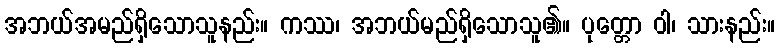
အဘယ်အမည်ရှိသောသူနည်း။ ကဿ၊ အဘယ်မည်ရှိသောသူ၏။ ပုတ္တော ဝါ၊ သားနည်း။